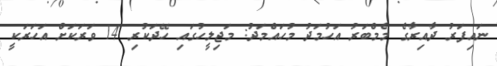
ނައިފަރު ދާއިރާގެ މެމްބަރު އަހުމަދު މުހައްމަދު: މަޖިލީހުގައި ހޭދަކުރި 14 ވަރަކަށް އަހަރަކީ